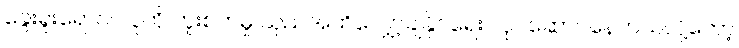
ခွေးရူးရောဂါ လူကို ကူးစက်မှု သုညအထိလျှော့ချနိုင်ရေး လုပ်ဆောင်နေတယ်လို့တော့